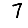
Digit: 7